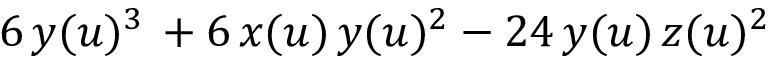
6 \, y ( u ) ^ { 3 } \, + 6 \, x ( u ) \, y ( u ) ^ { 2 } - 2 4 \, y ( u ) \, z ( u ) ^ { 2 }